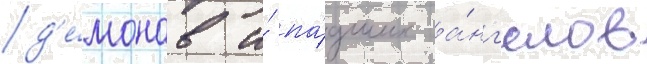
д'е́монов и́ па́дших а́нг'елов